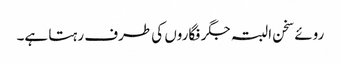
روئے سخن البتہ جگر فگاروں کی طرف رہتا ہے۔